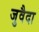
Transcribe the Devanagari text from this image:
जुवैदा